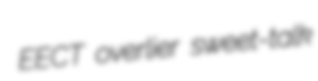
EECT overlier sweet-talk